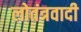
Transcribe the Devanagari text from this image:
लोतंत्रवादी